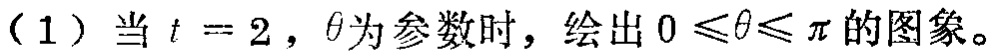
（1）当\(t = 2\)，\(\theta\)为参数时，绘出\(0\leqslant\theta\leqslant\pi\)的图象。